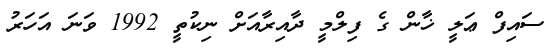
ސައިފް ޢަލީ ޚާން ގެ ފިލްމީ ދާއިރާއަށް ނިކުތީ 1992 ވަނަ އަހަރު